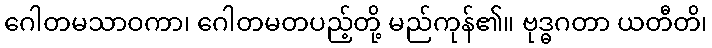
ဂေါတမသာဝကာ၊ ဂေါတမတပည့်တို့ မည်ကုန်၏။ ဗုဒ္ဓဂတာ ယတီတိ၊